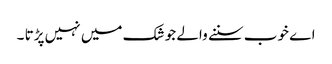
اے خوب سننے والے جو شک میں نہیں پڑتا ۔